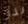
لذا